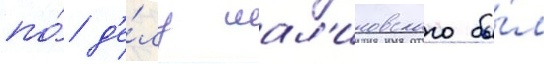
по́ д'е́лу мал'иновского бы́л